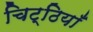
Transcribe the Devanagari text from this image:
चिट्‌ठियाँ